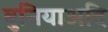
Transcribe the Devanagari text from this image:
बुनियाअदि